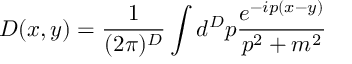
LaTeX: D ( x , y ) = \frac { 1 } { ( 2 \pi ) ^ { D } } \int d ^ { D } p \frac { e ^ { - i p ( x - y ) } } { p ^ { 2 } + m ^ { 2 } }